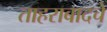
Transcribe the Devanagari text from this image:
ताहराबादचे